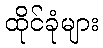
ထိုင်ခုံများ